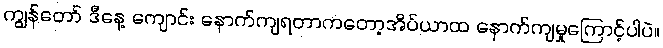
ကျွန်တော် ဒီနေ့ ကျောင်း နောက်ကျရတာကတော့အိပ်ယာထ နောက်ကျမှုကြောင့်ပါပဲ။